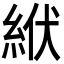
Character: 絥